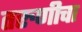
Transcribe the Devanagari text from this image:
तरुणीचा